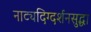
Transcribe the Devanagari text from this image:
नाट्यदिग्दर्शनसुद्धा